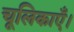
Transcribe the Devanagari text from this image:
चूलिकाएँ।